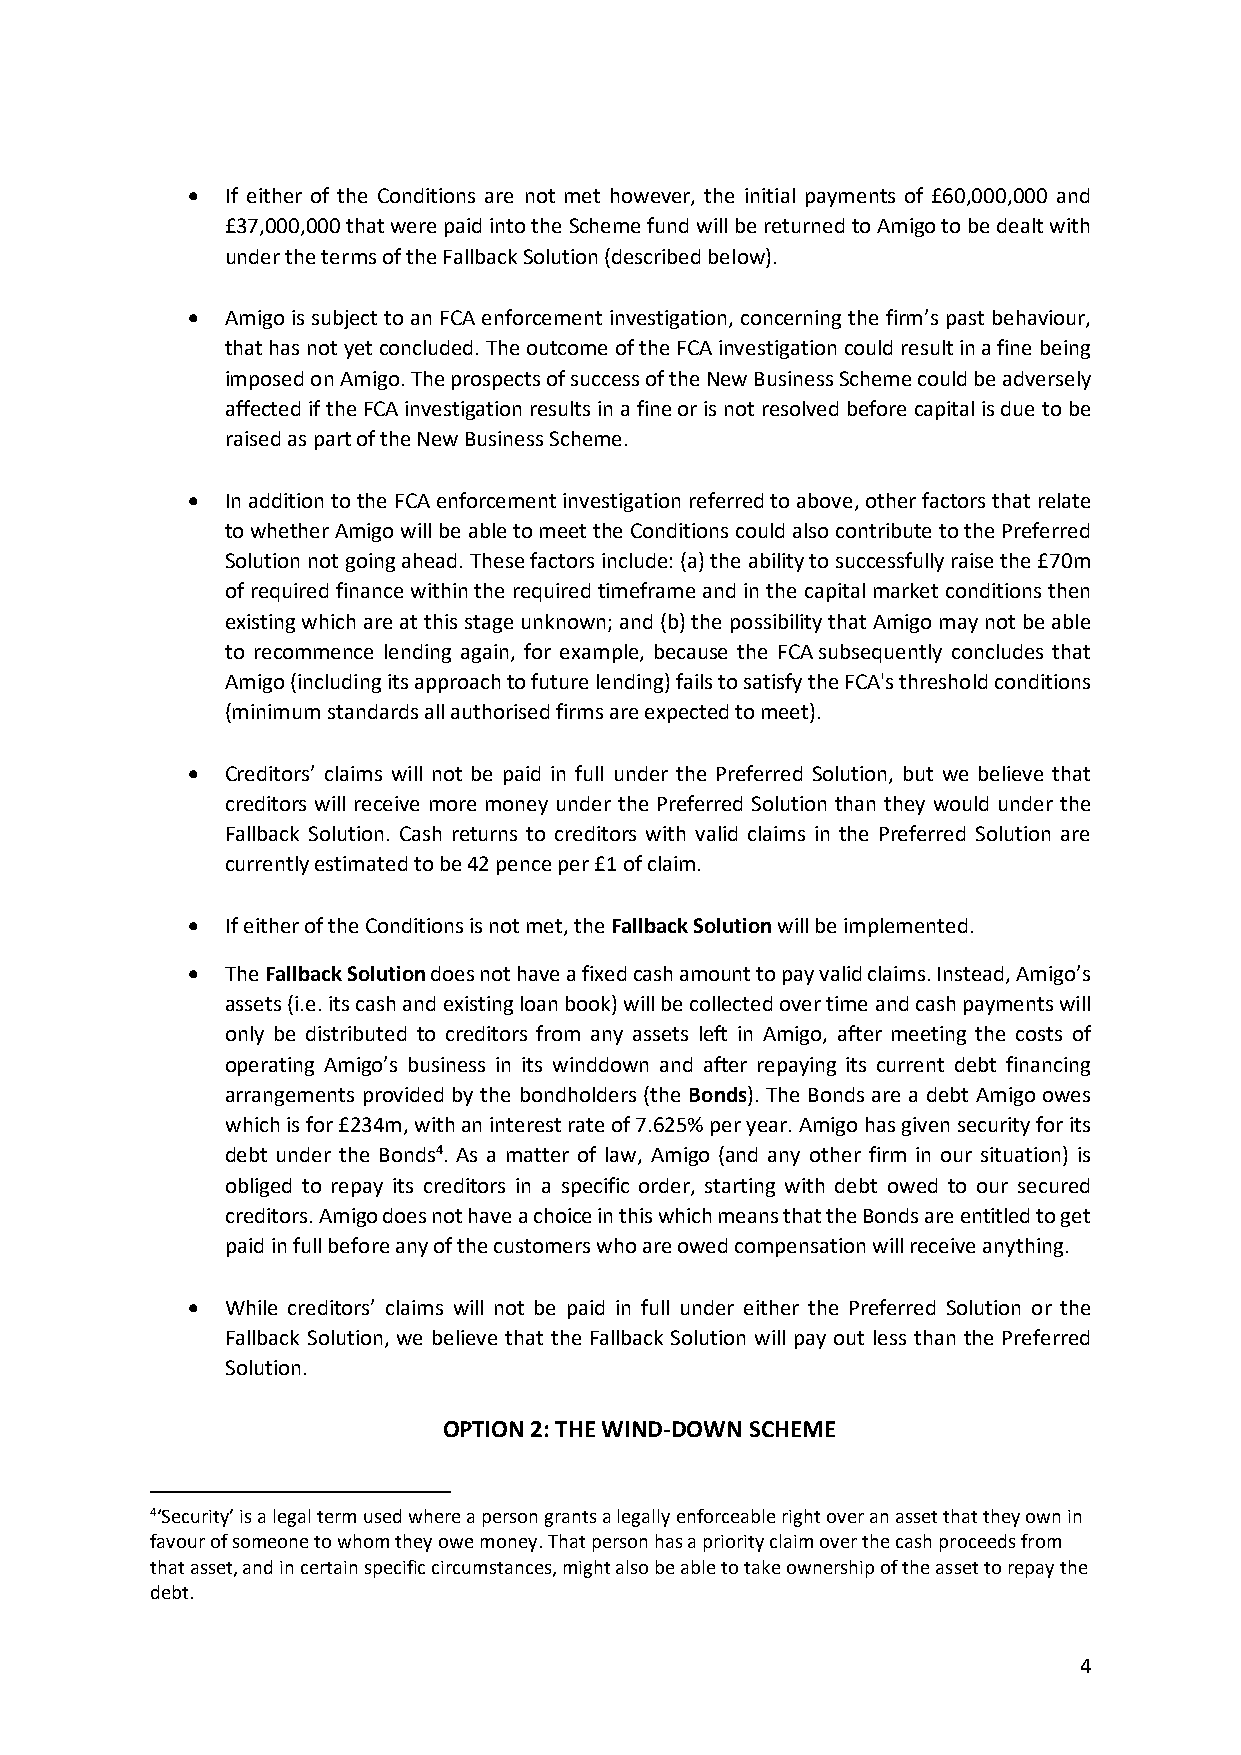
  If either of the Conditions are not met however, the initial payments of £60,000,000 and
 £37,000,000 that were paid into the Scheme fund will be returned to Amigo to be dealt with
 under the terms of the Fallback Solution (described below).
   Amigo is subject to an FCA enforcement investigation, concerning the firm’s past behaviour,
 that has not yet concluded. The outcome of the FCA investigation could result in a fine being
 imposed on Amigo. The prospects of success of the New Business Scheme could be adversely
 affected if the FCA investigation results in a fine or is not resolved before capital is due to be
 raised as part of the New Business Scheme.
   In addition to the FCA enforcement investigation referred to above, other factors that relate
 to whether Amigo will be able to meet the Conditions could also contribute to the Preferred
 Solution not going ahead. These factors include: (a) the ability to successfully raise the £70m
 of required finance within the required timeframe and in the capital market conditions then
 existing which are at this stage unknown; and (b) the possibility that Amigo may not be able
 to recommence lending again, for example, because the FCA subsequently concludes that
 Amigo (including its approach to future lending) fails to satisfy the FCA's threshold conditions
 (minimum standards all authorised firms are expected to meet).
   Creditors’ claims will not be paid in full under the Preferred Solution, but we believe that
 creditors will receive more money under the Preferred Solution than they would under the
 Fallback Solution. Cash returns to creditors with valid claims in the Preferred Solution are
 currently estimated to be 42 pence per £1 of claim.
   If either of the Conditions is not met, the Fallback Solution will be implemented.
   The Fallback Solution does not have a fixed cash amount to pay valid claims. Instead, Amigo’s
 assets (i.e. its cash and existing loan book) will be collected over time and cash payments will
 only be distributed to creditors from any assets left in Amigo, after meeting the costs of
 operating Amigo’s business in its winddown and after repaying its current debt financing
 arrangements provided by the bondholders (the Bonds). The Bonds are a debt Amigo owes
 which is for £234m, with an interest rate of 7.625% per year. Amigo has given security for its
 debt under the Bonds4. As a matter of law, Amigo (and any other firm in our situation) is
 obliged to repay its creditors in a specific order, starting with debt owed to our secured
 creditors. Amigo does not have a choice in this which means that the Bonds are entitled to get
 paid in full before any of the customers who are owed compensation will receive anything.
   While creditors’ claims will not be paid in full under either the Preferred Solution or the
 Fallback Solution, we believe that the Fallback Solution will pay out less than the Preferred
 Solution.
 OPTION 2: THE WIND-DOWN SCHEME
 4‘Security’ is a legal term used where a person grants a legally enforceable right over an asset that they own in
 favour of someone to whom they owe money. That person has a priority claim over the cash proceeds from
 that asset, and in certain specific circumstances, might also be able to take ownership of the asset to repay the
 debt.
 4